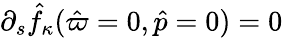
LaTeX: \partial_{s}\hat{f}_{\kappa}(\hat{\varpi}=0,\hat{p}=0)=0